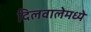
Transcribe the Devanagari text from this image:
दिलवालेमध्ये